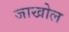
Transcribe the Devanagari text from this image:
जाखोल